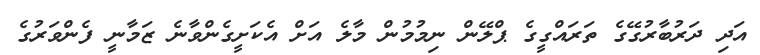
އަދި ދަރުބާރުގޭގެ ތަރައްގީގެ ޕްލޭން ނިމުމުން މާލެ އަށް އެކަށީގެންވާނެ ޒަމާނީ ފެންވަރުގެ